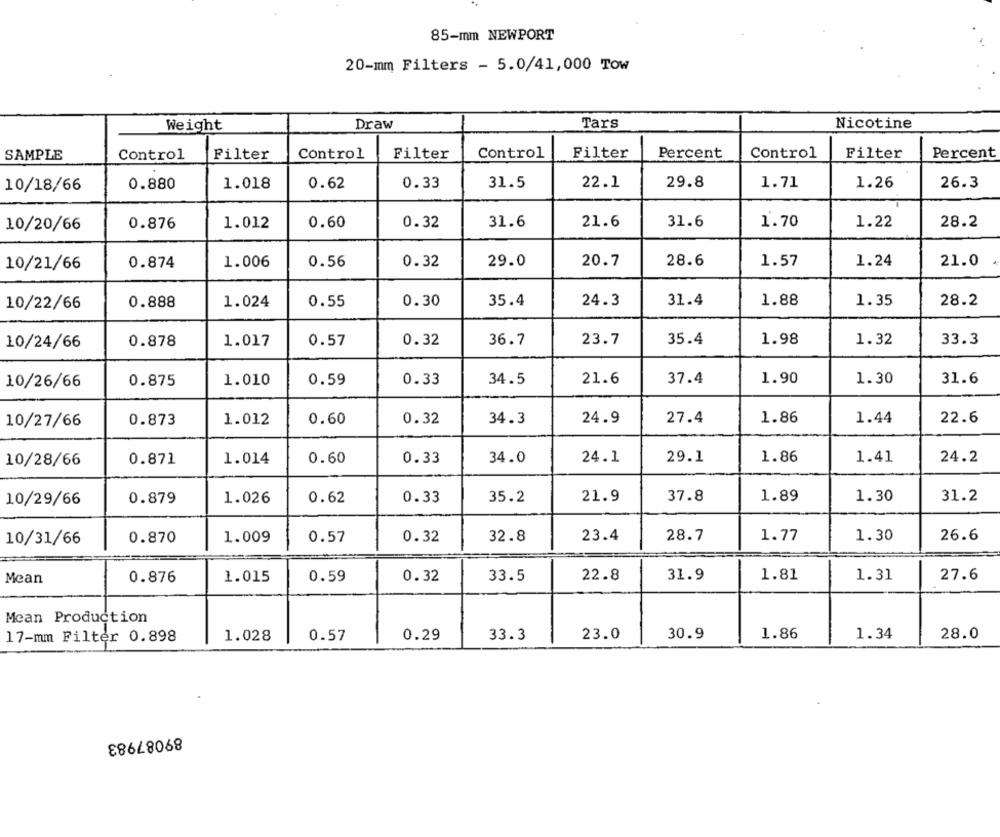
85-mm NEWPORT
20-mm Filters - 5.0/41,000 TOw
Weight
Draw
Tars
Nicotine
SAMPLE
Control
Filter
Control
Filter
Control
Filter
Percent
Control
Filter
Percent
10/18/66
0.880
1.018
0.62
0.33
31.5
22.1
29.8
1.71
1.26
26.3
10/20/66
0.876
1.012
0.60
0.32
31.6
21.6
31.6
1.70
1.22
28.2
28.6
1.24
10/21/66
0.874
1.006
0.56
0.32
29.0
20.7
1.57
21.0
0.888
1.024
0.55
0.30
24.3
31.4
1.88
1.35
28.2
10/22/66
35.4
10/24/66
0.878
1.017
0.57
0.32
36.7
23.7
35.4
1.98
1.32
33.3
10/26/66
0.875
1.010
0.59
0.33
34.5
21.6
37.4
1.90
1.30
31.6
0.60
0.32
34.3
24.9
27.4
1.86
1.44
22.6
10/27/66
0.873
1.012
10/28/66
0.871
1.014
0.60
0.33
34.0
24.1
29.1
1.86
1.41
24.2
10/29/66
0.879
1.026
0.62
0.33
35.2
21.9
37.8
1.89
1.30
31.2
0.870
23.4
28.7
1.77
1.30
26.6
10/31/66
1.009
0.57
0.32
32.8
Mean
0.876
1.015
0.59
0.32
33.5
22.8
31.9
1.81
1.31
27.6
Mean Production
0.29
33.3
23.0
30.9
1.86
1.34
28.0
17-mm Filter 0.898
1.028
0.57
89087983